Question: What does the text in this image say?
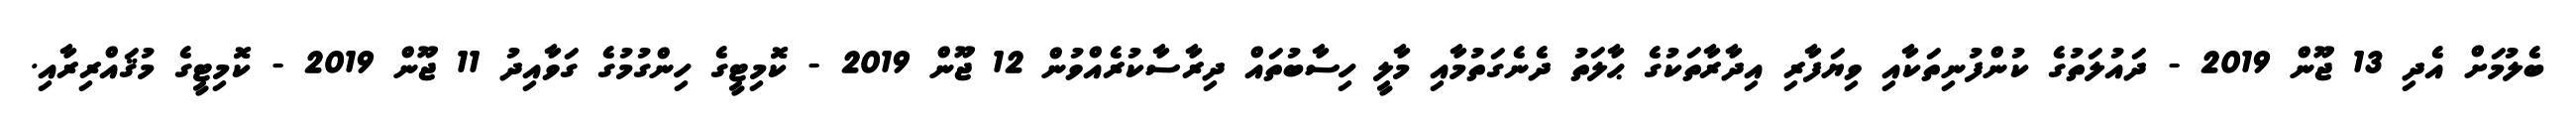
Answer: ބެލުމަށް އެދި 13 ޖޫން 2019 - ދައުލަތުގެ ކުންފުނިތަކާއި ވިޔަފާރި އިދާރާތަކުގެ ޙާލަތު ދެނެގަތުމާއި މާލީ ހިސާބުތައް ދިރާސާކުރެއްވުން 12 ޖޫން 2019 - ކޮމިޓީގެ ހިންގުމުގެ ގަވާއިދު 11 ޖޫން 2019 - ކޮމިޓީގެ މުޤައްރިރާއި.